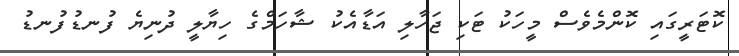
ކޮޓަރީގައި ކޮންމެވެސް މީހަކު ޓަކި ޖަހާލި އަޑާއެކު ޝާހަމްގެ ހިޔާލީ ދުނިޔެ ފުނޑުފުނޑު